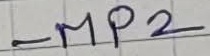
Text: MP2